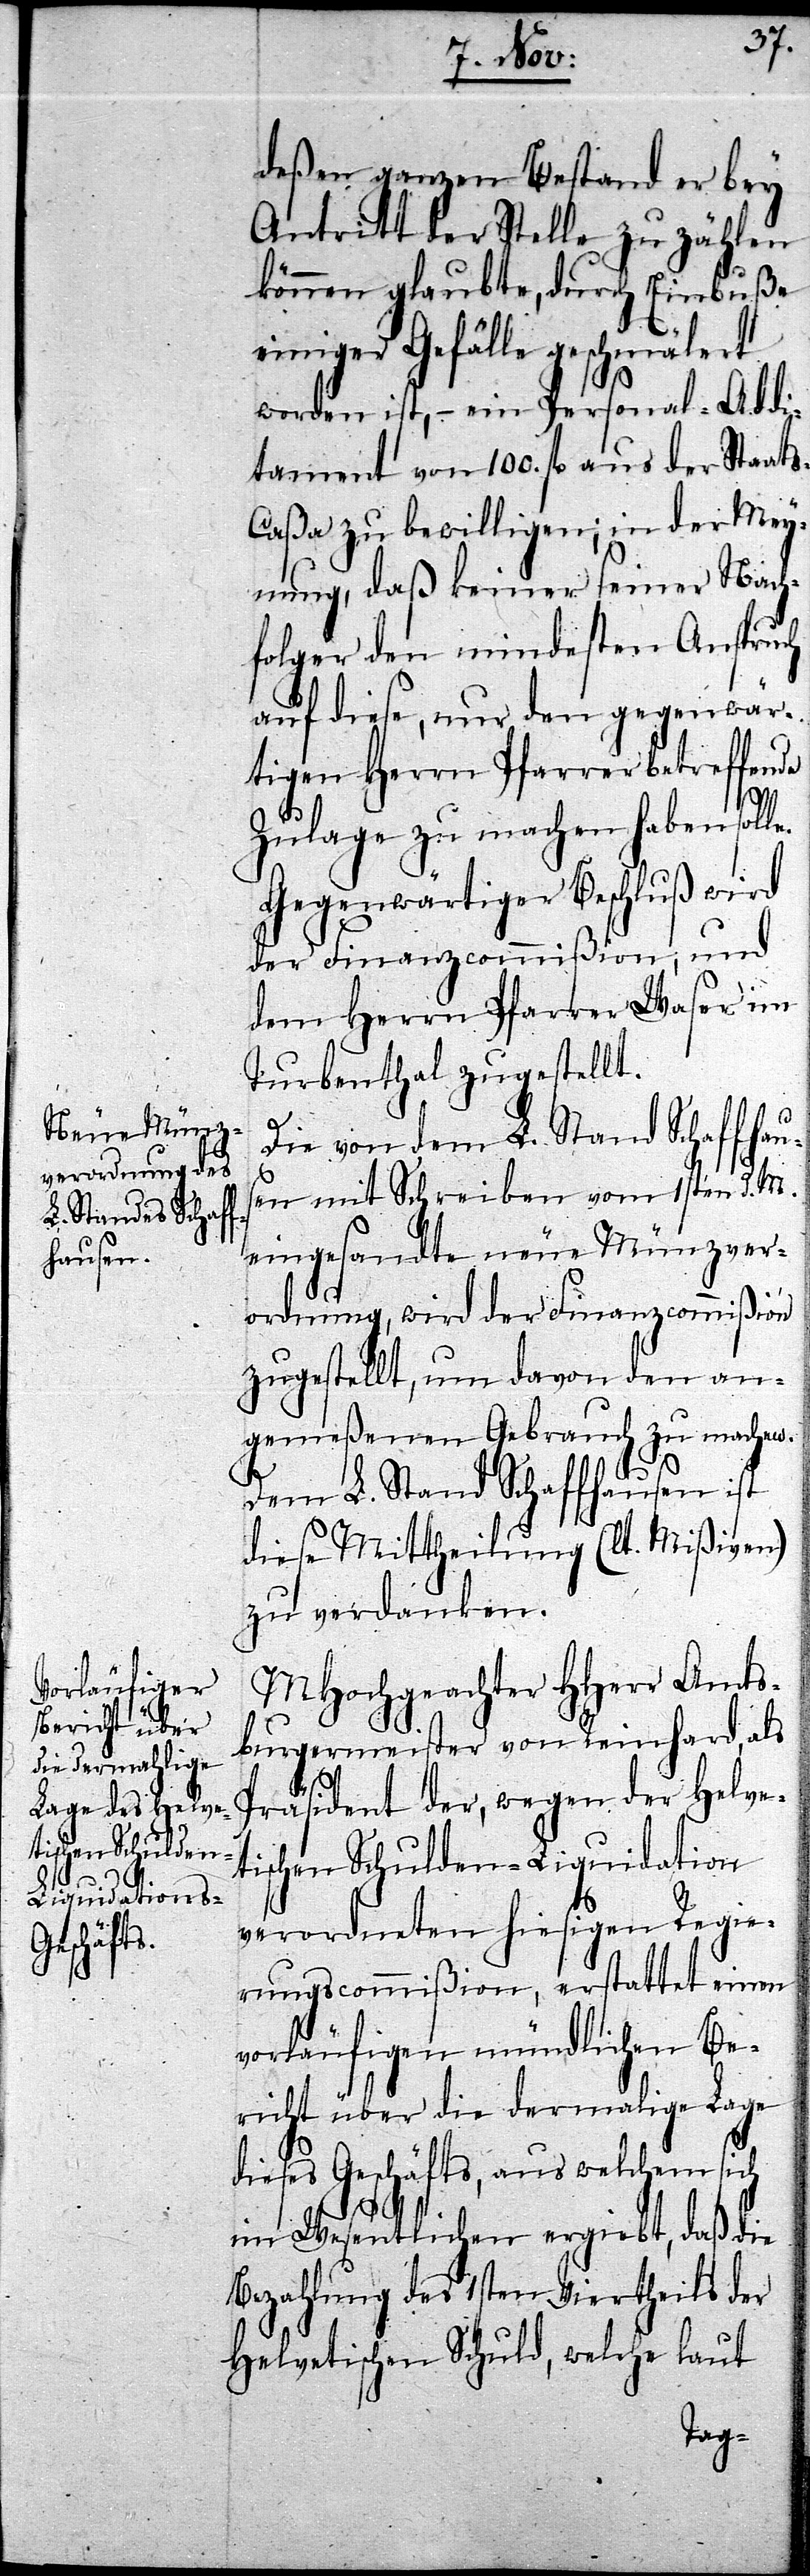
deßen ganzen Bestand er bey
Antritt der Stelle zu zählen
können glaubte, durch Einbuße
einiger Gefälle geschmälert
worden ist, – ein Personal-Addi¬
tament von 100. fl aus der Staat¬
s-Caßa zu bewilligen; in der Mey¬
nung, daß keiner seiner Nach¬
folger den mindesten Anspruch
auf diese, nur den gegenwär¬
tigen Herrn Pfarrer betreffende
e.
Zulage zu machen haben soll¬
Gegenwärtiger Beschluß wird
der Finanzcommißion, und
dem Herrn Pfarrer Waser im
Turbenthal zugestellt.
Die von dem L. Stand Schaffhaus¬
en mit Schreiben vom 1sten d. M.
eingesandte neue Münzver¬
ordnung, wird der Finanzcommißion
zugestellt, um davon den an¬
gemeßenen Gebrauch zu machen.
Dem L. Stand Schaffhausen ist
diese Mittheilung (lt. Mißiven)
zu verdanken.
MHochgeachter HHerr Amts¬
burgermeister von Reinhard, als
Präsident der, wegen der Helve¬
tischen Schulden-Liquidation
verordneten hiesigen Regie¬
rungscommißion, erstattet einen
vorläufigen mündlichen Be¬
richt über die dermalige Lage
dieses Geschäfts, aus welchem sich
im Wesentlichen ergiebt, daß die
Bezahlung des 1sten Viertheils der
Helvetischen Schuld, welche laut